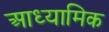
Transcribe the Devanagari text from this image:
आध्‍यामिक